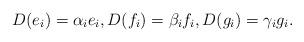
LaTeX: \begin{align*}D(e_i) = \alpha_i e_i, D(f_i) = \beta_i f_i, D(g_i) = \gamma_i g_i.\end{align*}